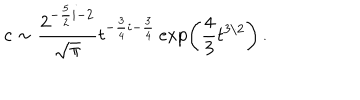
c \sim { \frac { 2 ^ { - { \frac { 5 } { 2 } } i - 2 } } { \sqrt { \pi } } } t ^ { - { \frac { 3 } { 4 } } i - { \frac { 3 } { 4 } } } \exp \left( { \frac { 4 } { 3 } } t ^ { 3 / 2 } \right) \, .